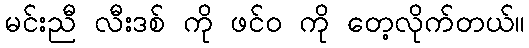
မင်းညီ လီးဒစ် ကို ဖင်၀ ကို တေ့လိုက်တယ်။